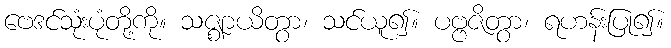
ဗေဒင်သုံးပုံတို့ကို။ သဇ္ဈာယိတွာ၊ သင်ယူ၍။ ပဗ္ဗဇိတွာ၊ ရဟန်းပြု၍။